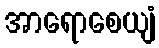
အာရောစေယျံ